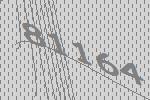
81164